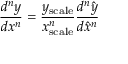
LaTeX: { \frac { d ^ { n } y } { d x ^ { n } } } = { \frac { y _ { \mathrm { s c a l e } } } { x _ { \mathrm { s c a l e } } ^ { n } } } { \frac { d ^ { n } { \hat { y } } } { d { \hat { x } } ^ { n } } }